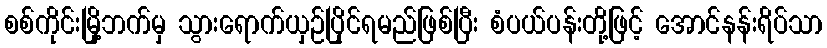
စစ်ကိုင်းမြို့ဘက်မှ သွားရောက်ယှဉ်ပြိုင်ရမည်ဖြစ်ပြီး စံပယ်ပန်းတို့ဖြင့် အောင်နန်းရိပ်သာ